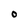
Character: O